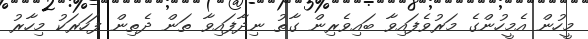
މީހުން އެމީހުންގެ މަރުވެފައިވާ ބައިވެރިން ގާތު ނިދާފައިވާ ތަން ދެތިން ފަހަރަކު މިހާރު